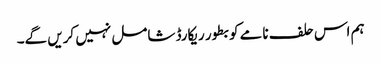
ہم اس حلف نامے کو بطور ریکارڈ شامل نہیں کریں گے۔